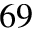
^ { 6 9 }